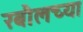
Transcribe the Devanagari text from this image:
रबौलच्या